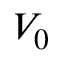
V _ { 0 }